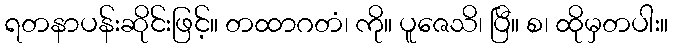
ရတနာပန်းဆိုင်းဖြင့်။ တထာဂတံ၊ ကို။ ပူဇေသိ၊ ပြီ။ စ၊ ထိုမှတပါး။